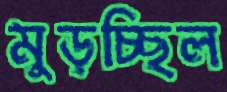
মুড়চ্ছিল